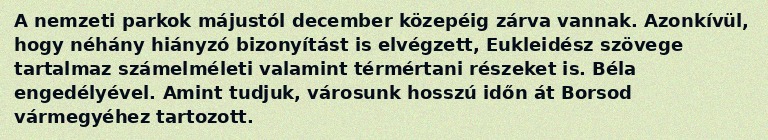
A nemzeti parkok májustól december közepéig zárva vannak. Azonkívül, hogy néhány hiányzó bizonyítást is elvégzett, Eukleidész szövege tartalmaz számelméleti valamint térmértani részeket is. Béla engedélyével. Amint tudjuk, városunk hosszú időn át Borsod vármegyéhez tartozott.